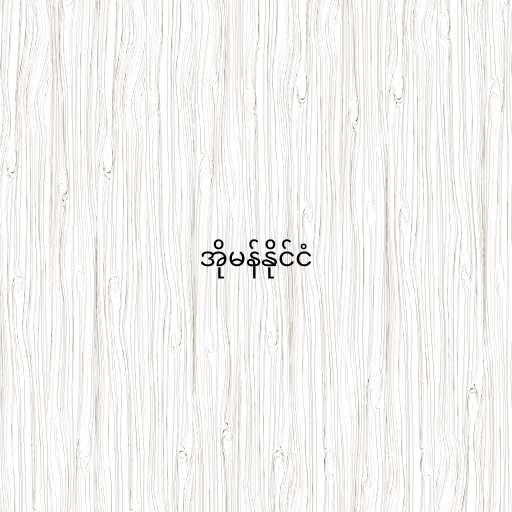
အိုမန်နိုင်ငံ